画像に写った文字を読んでください
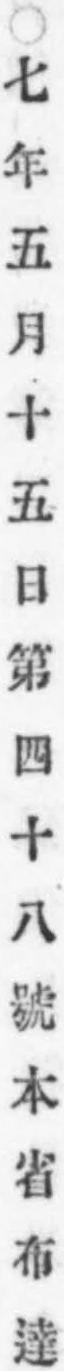
「○七年五月十五日第四十八號本省布達」と書いてあります